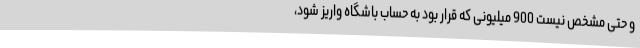
و حتی مشخص نیست 900 میلیونی که قرار بود به حساب باشگاه واریز شود،